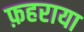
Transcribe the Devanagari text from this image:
फ़हराया